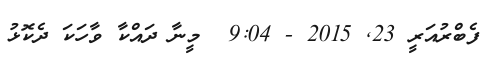
ފެބްރުއަރީ 23